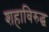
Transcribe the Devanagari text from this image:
शहाविरुद्ध